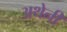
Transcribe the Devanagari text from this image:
अथेनी